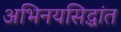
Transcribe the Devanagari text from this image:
अभिनयसिद्धांत